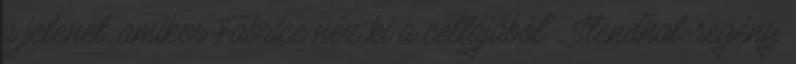
a jelenet, amikor Fabrice néz ki a cellájából", Stendhal-regény